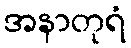
အနာတုရံ